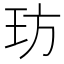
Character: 𤤁